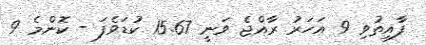
ފާއިތުވި 9 އަހަރު ރާއްޖެ ވަނީ 15.67 ކުޑަވެފަ - ކޮންމެ 9